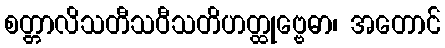
စတ္တာလိသတီသဝီသတိဟတ္ထုဗ္ဗေဓာ၊ အတောင်